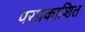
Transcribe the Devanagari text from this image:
परप्रकाशित